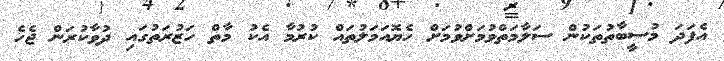
އެފަދަ މުސީބާތުތަކުން ސަލާމަތްވުމަށްވުމަށް ހެޔޮއަމަލުތައް ކުރުމާ އެކު މާތް ހަޒުރަތުގައި ދުވާކުރަން ޖެހެ